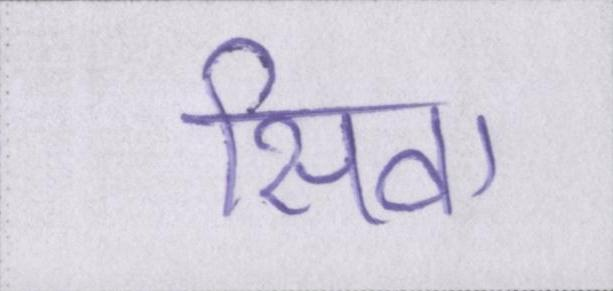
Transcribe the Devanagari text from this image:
सिवा